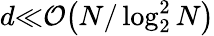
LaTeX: d{\ll}{\mathcal{O}}{\left(N/\log_{2}^{2}N\right)}